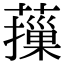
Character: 𦾱